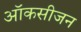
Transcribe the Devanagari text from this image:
ऑकसीजन